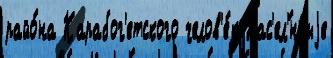
райо́на Карабог'етского челов'е́к Нас'ел'́нныjе